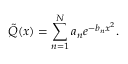
{ \tilde { Q } } ( x ) = \sum _ { n = 1 } ^ { N } a _ { n } e ^ { - b _ { n } x ^ { 2 } } .